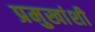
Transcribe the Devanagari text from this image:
प्रमुखांशी